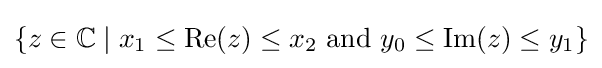
\{z\in \mathbb {C} \mid x_{1}\leq \mathrm {Re} (z)\leq x_{2}\ {\text{and}}\ y_{0}\leq \mathrm {Im} (z)\leq y_{1}\}